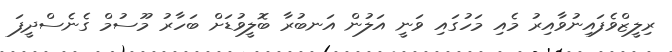
ރިލީޒްވެފައިނުވާއިރު މެއި މަހުގައި ވަނީ އަލުން އަނބުރާ ބޮލީވުޑަށް ބަހާރު މޫސުމް ގެނެސްދީފަ